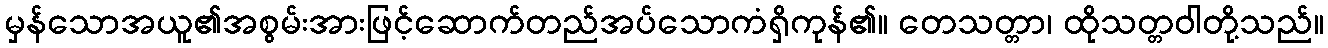
မှန်သောအယူ၏အစွမ်းအားဖြင့်ဆောက်တည်အပ်သောကံရှိကုန်၏။ တေသတ္တာ၊ ထိုသတ္တဝါတို့သည်။